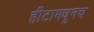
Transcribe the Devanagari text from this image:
हीटामधूनच